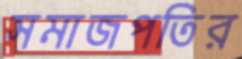
সমাজপতির